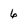
Character: 6